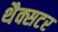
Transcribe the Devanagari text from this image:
थैक्सटर